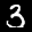
Label: 3